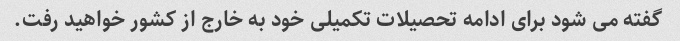
گفته می شود برای ادامه تحصیلات تکمیلی خود به خارج از کشور خواهید رفت.